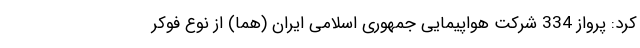
کرد: پرواز 334 شرکت هواپیمایی جمهوری اسلامی ایران (هما) از نوع فوکر